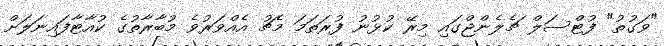
"ވަގުތު" ފުޓްސަލް ޗެލެންޖްގައި މިރޭ ކުޅުނު ފުރަތަމަ މެޗު އެއްވަރުވެ މުބާރާތުގެ ކުއާޓާފައިނަލަށް